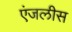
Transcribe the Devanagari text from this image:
एंजलीस